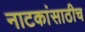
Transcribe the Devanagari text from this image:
नाटकांसाठीच